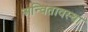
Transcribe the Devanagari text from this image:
अन्वितावस्था